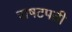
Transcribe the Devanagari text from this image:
राषटपती